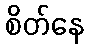
စိတ်နေ